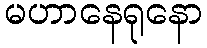
မဟာနေရုနော